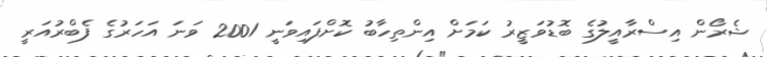
ޝެރޯން އިސްރާއީލުގެ ބޮޑުވަޒީރު ކަމަށް އިންތިހާބު ކޮށްފައިވަނީ 2001 ވަނަ އަހަރުގެ ފެބްރުއަރީ